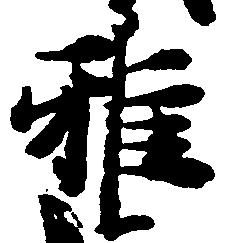
雅